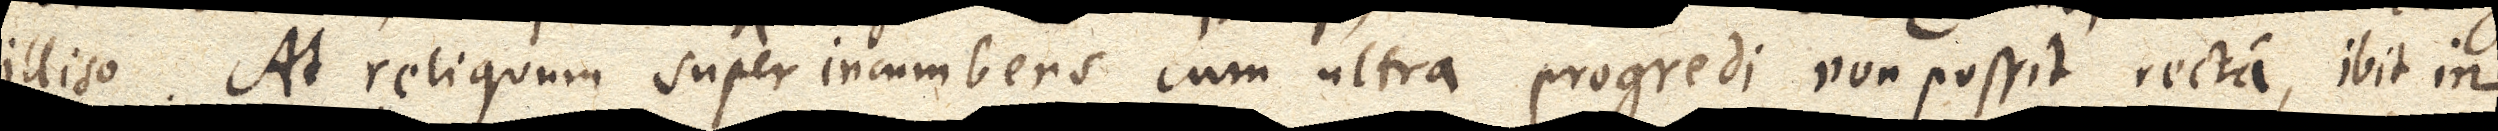
illiso. At reliquum super incumbens cum ultra progredi non possit recta, ibit in